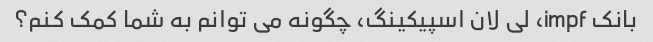
بانک impf، لی لان اسپیکینگ، چگونه می توانم به شما کمک کنم؟